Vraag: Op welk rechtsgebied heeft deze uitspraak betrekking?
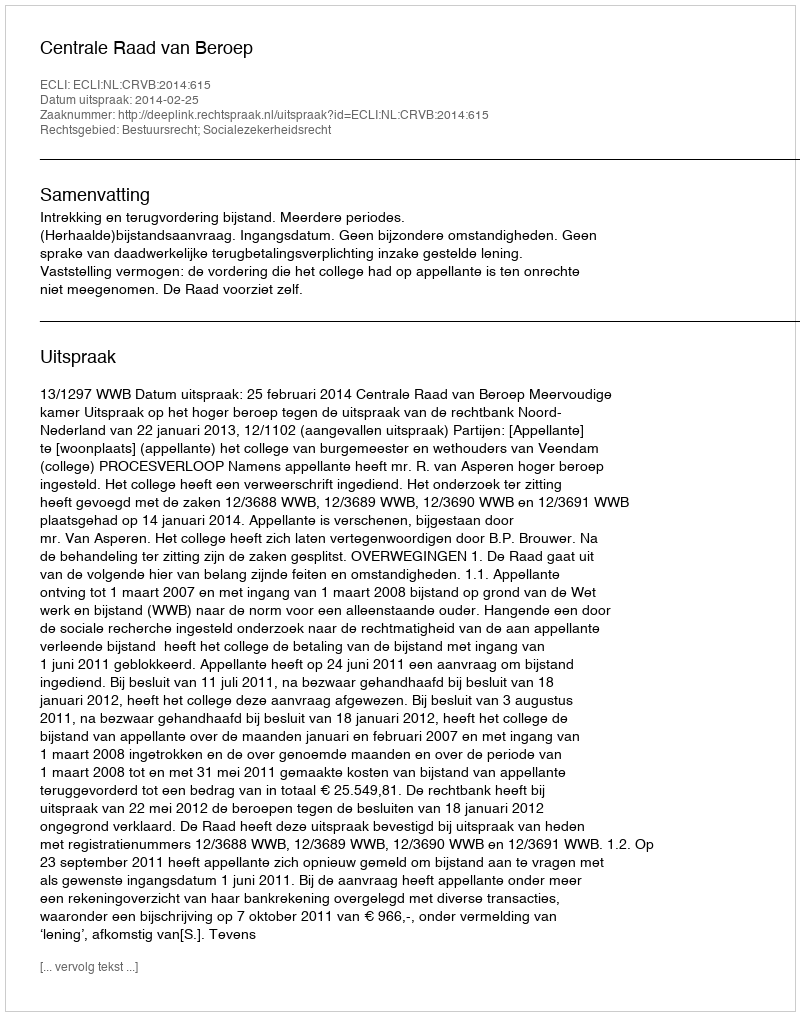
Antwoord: Bestuursrecht; Socialezekerheidsrecht